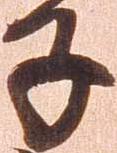
子